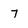
Character: 7